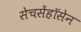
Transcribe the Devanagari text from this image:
सेचसेंहॉसेन